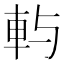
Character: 𨊮